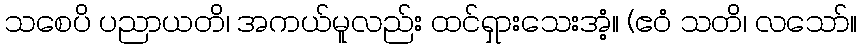
သစေပိ ပညာယတိ၊ အကယ်မူလည်း ထင်ရှားသေးအံ့။ (ဧဝံ သတိ၊ လသော်။